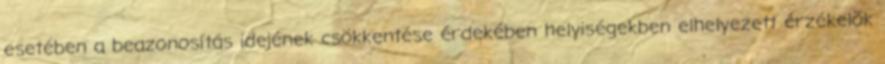
esetében a beazonosítás idejének csökkentése érdekében helyiségekben elhelyezett érzékelõk